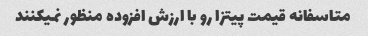
متاسفانه قیمت پیتزا رو با ارزش افزوده منظور نمیکنند